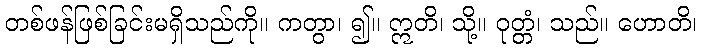
တစ်ဖန်ဖြစ်ခြင်းမရှိသည်ကို။ ကတွာ၊ ၍။ ဣတိ၊ သို့။ ဝုတ္တံ၊ သည်။ ဟောတိ၊